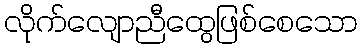
လိုက်လျောညီထွေဖြစ်စေသော